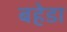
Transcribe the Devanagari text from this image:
बहेडा